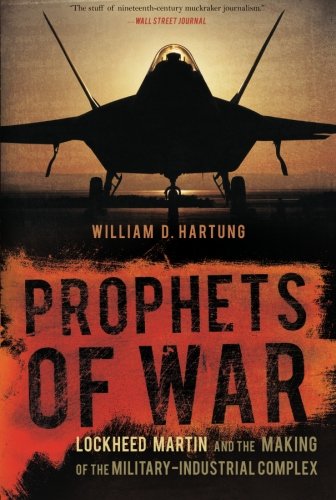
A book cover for Prophets of War: Lockheed Martin and the Making of the Military-Industrial Complex; William D. Hartung; Business & Money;